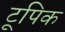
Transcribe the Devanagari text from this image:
टूपिक